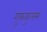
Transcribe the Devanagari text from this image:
गुरुकुलम